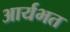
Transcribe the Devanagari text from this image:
आर्यभत